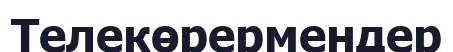
Телекөрермендер